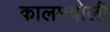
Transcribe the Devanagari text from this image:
कालमबोली